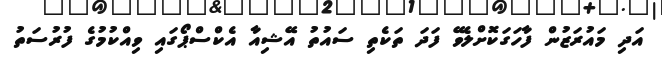
އަދި މައުރަޒުން ފާހަގަކޮށްލެވޭ ފަދަ ތަކެތި ސައުތު އޭޝިއާ އެކްސްޕޯގައި ވިއްކުމުގެ ފުރުސަތު